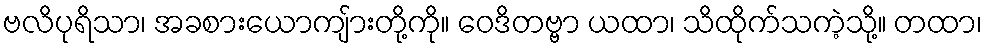
ဗလိပုရိသာ၊ အခစားယောကျ်ားတို့ကို။ ဝေဒိတဗ္ဗာ ယထာ၊ သိထိုက်သကဲ့သို့။ တထာ၊